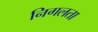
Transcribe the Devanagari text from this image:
निगलता